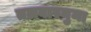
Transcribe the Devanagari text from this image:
तलवारनुमा